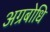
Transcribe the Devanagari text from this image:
अग्रबोधि